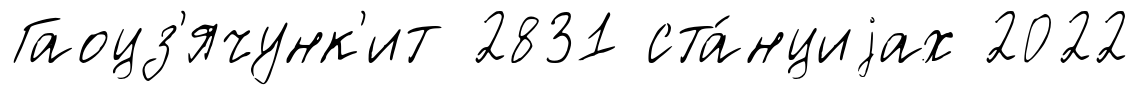
Гаоцз'ячунк'ит 2831 ста́нциjах 2022